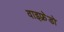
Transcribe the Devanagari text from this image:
वाइफ़्रेडो